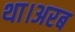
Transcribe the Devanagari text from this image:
था।अरब